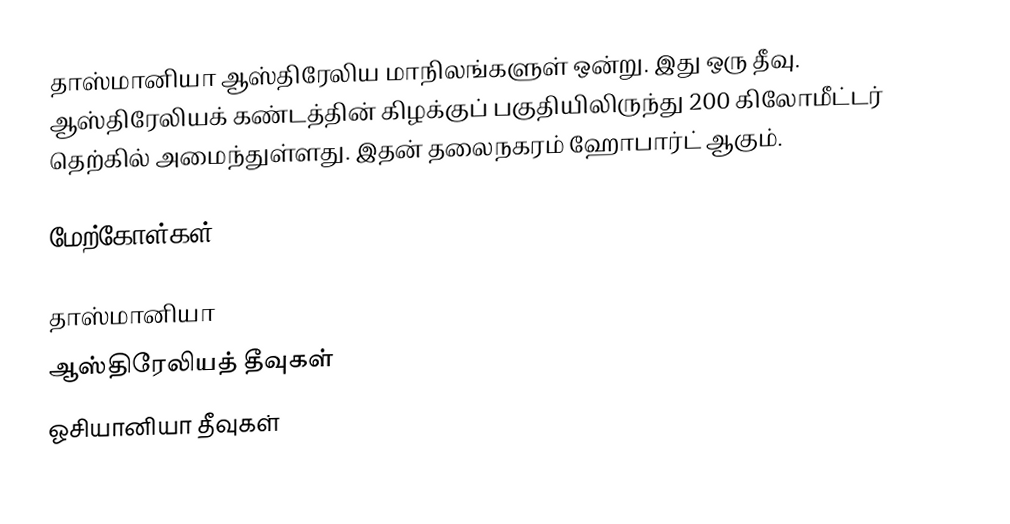
தாஸ்மானியா ஆஸ்திரேலிய மாநிலங்களுள் ஒன்று. இது ஒரு தீவு. ஆஸ்திரேலியக் கண்டத்தின் கிழக்குப் பகுதியிலிருந்து 200 கிலோமீட்டர் தெற்கில் அமைந்துள்ளது. இதன் தலைநகரம் ஹோபார்ட் ஆகும்.

மேற்கோள்கள்

தாஸ்மானியா
ஆஸ்திரேலியத் தீவுகள்
ஓசியானியா தீவுகள்